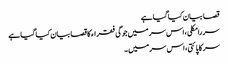
قصا بیان کیا گیا ہے
سر رامکلی، اس سر میں جوگی فقراء کا قصا بیان کیا گیا ہے
سر کاپائتی، اس سر میں ۔